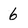
Character: 6